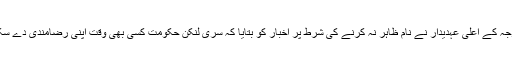
دفترخارجہ کے اعلیٰ عہدیدار نے نام ظاہر نہ کرنے کی شرط پر اخبار کو بتایا کہ سری لنکن حکومت کسی بھی وقت اپنی رضامندی دے سکتی ہے۔